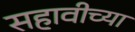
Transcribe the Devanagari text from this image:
सहावीच्या